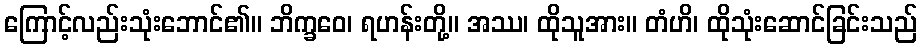
ကြောင့်လည်းသုံးဘောင်၏။ ဘိက္ခဝေ၊ ရဟန်းတို့။ အဿ၊ ထိုသူအား။ တံဟိ၊ ထိုသုံးဆောင်ခြင်းသည်